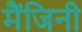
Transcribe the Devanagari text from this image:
मैंजिनी